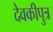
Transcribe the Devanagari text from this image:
देवकीपुत्र